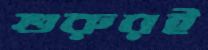
শুরুরই